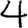
Digit: 4